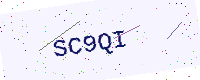
Text: SC9QI